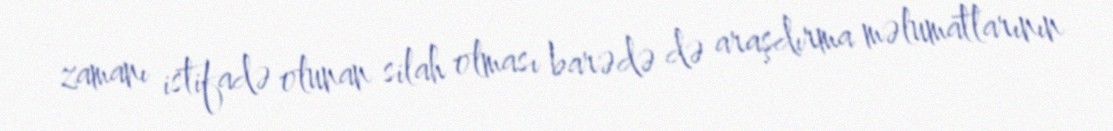
zamanı istifadə olunan silah olması barədə də araşdırma məlumatlarının